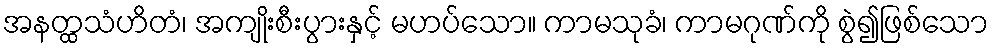
အနတ္ထသံဟိတံ၊ အကျိုးစီးပွားနှင့် မဟပ်သော။ ကာမသုခံ၊ ကာမဂုဏ်ကို စွဲ၍ဖြစ်သော